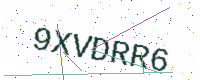
Text: 9XVDRR6